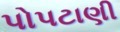
પોપટાણી